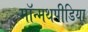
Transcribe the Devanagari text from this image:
मॉन्मथपीडिया